Senior Leaving Certificate Examination (including Day School Certificate (Higher) General paper), 1949
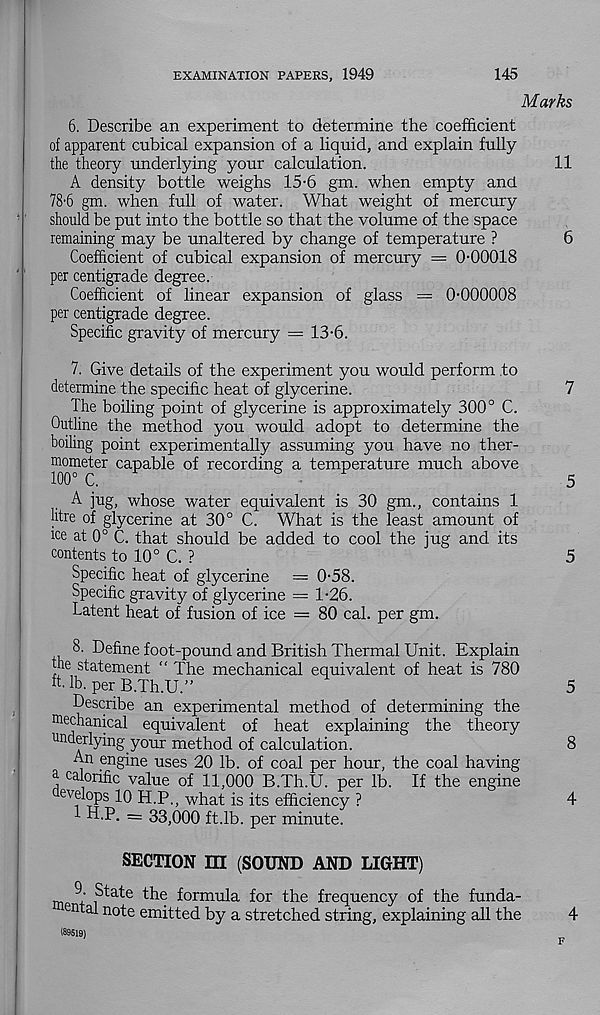
EXAMINATION PAPERS, 1949
145
Marks
6. Describe an experiment to determine the coefficient
of apparent cubical expansion of a liquid, and explain fully
the theory underlying your calculation.
11
A density bottle weighs 15-6 gm. when empty and
78-6 gm. when full of water. What weight of mercury
should be put into the bottle so that the volume of the space
remaining may be unaltered by change of temperature ?
6
Coefficient of cubical expansion of mercury = 0-00018
per centigrade degree.
Coefficient of linear expansion of glass = 0-000008
per centigrade degree.
Specific gravity of mercury = 13-6.
7. Give details of the experiment you would perform to
determine the specific heat of glycerine.
7
The boiling point of glycerine is approximately 300° C.
Outline the method you would adopt to determine the
boiling point experimentally assuming you have no ther-
mometer capable of recording a temperature much above
100° C.
5
n
5
A jug, whose water equivalent is 30 gm., contains 1
litre of glycerine at 30° C. What is the least amount of
ice at 0° C. that should be added to cool the jug and its
contents to 10° C. ?
5
Specific heat of glycerine = 0-58.
Specific gravity of glycerine = 1-26.
Latent heat of fusion of ice = 80 cal. per gm.
8. Define foot-pound and British Thermal Unit. Explain
the statement “ The mechanical equivalent of heat is 780
it. lb. per B.Th.U.”
5
Describe an experimental method of determining the
mechanical equivalent of heat explaining the theory
underlying your method of calculation.
8
An engine uses 20 lb. of coal per hour, the coal having
a calorific value of 11,000 B.Th.U. per lb. If the engine
evelops 10 H.P., what is its efficiency ?
4
1 H.P. — 33,000 ft.lb. per minute.
SECTION m (SOUND AND LIGHT)
9 State the formula for the frequency of the funda-
en a no 'te emitted by a stretched string, explaining all the
4